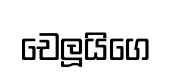
චෙලූයිගෙ